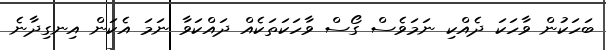
ބަހަކުން ވާހަކަ ދެއްކި ނަމަވެސް ގޯސް ވާހަކަތަކެއް ދައްކަވާ ނަމަ އެކަން އިނގިދާނެ